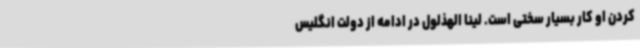
کردن او کار بسیار سختی است. لینا الهذلول در ادامه از دولت انگلیس